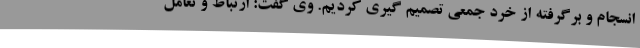
انسجام و برگرفته از خرد جمعی تصمیم گیری کردیم. وی گفت: ارتباط و تعامل